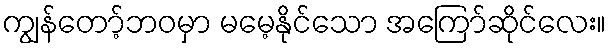
ကျွန်တော့်ဘဝမှာ မမေ့နိုင်သော အကြော်ဆိုင်လေး။